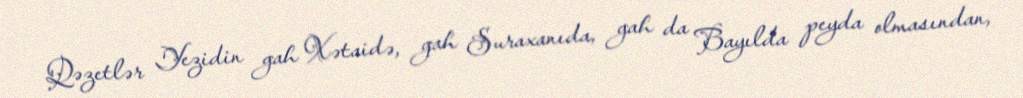
Qəzetlər Yezidin gah Xətaidə, gah Suraxanıda, gah da Bayılda peyda olmasından,